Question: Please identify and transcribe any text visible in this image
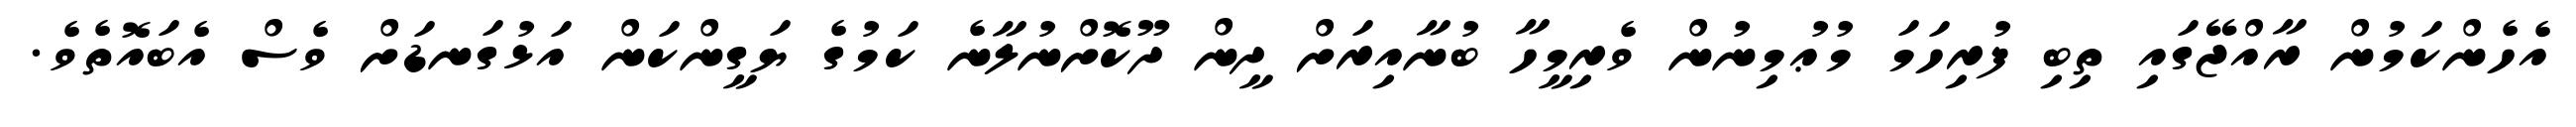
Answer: އެހެންކަމުން ރާއްޖޭގައި ތިބި ފުރިހަމަ މުޢުމިނުން ވެރިމީހާ ބުނާއިރަށް ދީން ދޫކޮށްނުލާނެ ކަމުގެ ޔަގީންކަން އަޅުގަނޑަށް ވެސް އެބައޮތެވެ.